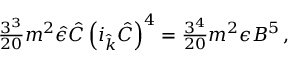
{ \textstyle \frac { 3 ^ { 3 } } { 2 0 } } m ^ { 2 } \hat { \epsilon } \hat { C } \left( i _ { \hat { k } } \hat { C } \right) ^ { 4 } = { \textstyle \frac { 3 ^ { 4 } } { 2 0 } } m ^ { 2 } \epsilon B ^ { 5 } \, ,